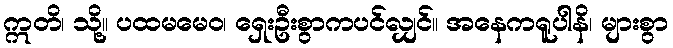
ဣတိ၊ သို့။ ပထမမေဝ၊ ရှေးဦးစွာကပင်လျှင်။ အနေကရူပါနိ၊ များစွာ